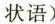
状语)